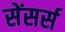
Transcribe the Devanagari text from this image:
सेंसर्स